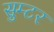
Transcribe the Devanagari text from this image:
सुम्टर